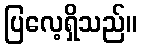
ပြလေ့ရှိသည်။